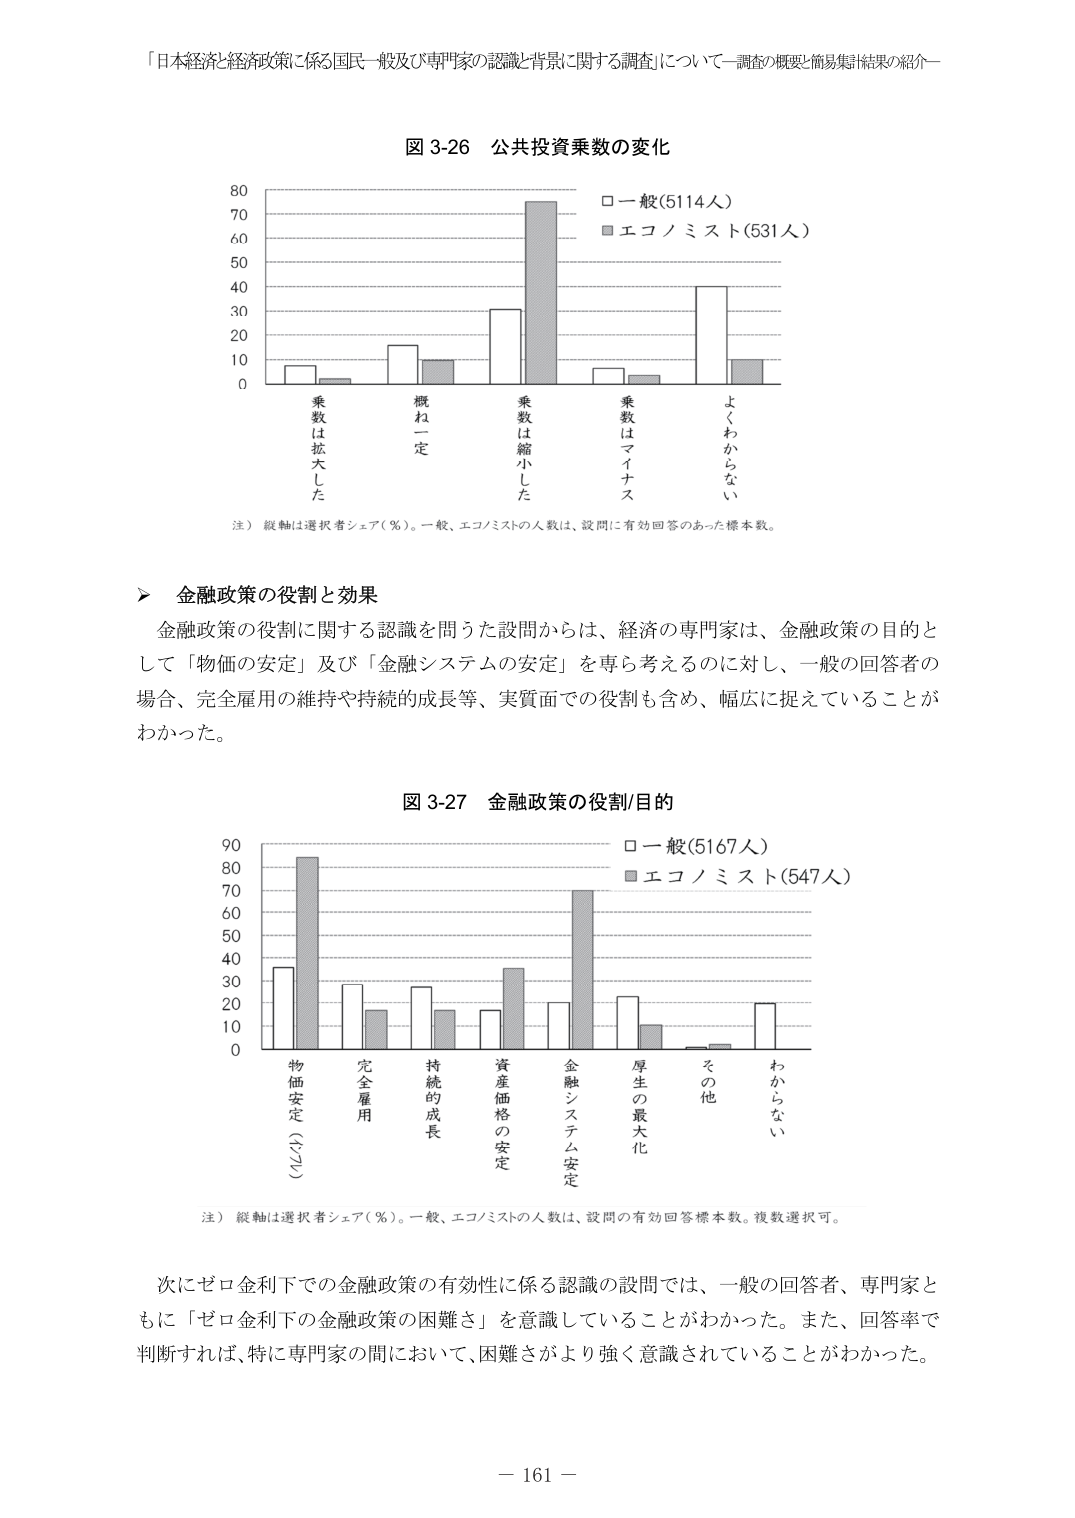
「日本経済と経済政策に係る国民一般及び専門家の認識と背景に関する調査」について－調査の概要と簡易集計結果の紹介－

図 3-26 公共投資乗数の変化

80
70
60
50
40
30
20
10
0

□ 一般（5114人）
■ エコノミスト（531人）

乗数は拡大した
概ね一定
乗数は縮小した
乗数はマイナス
よくわからない

注）縦軸は選択者シェア（％）。一般、エコノミストの人数は、設問に有効回答のあった標本数。

▶ 金融政策の役割と効果

金融政策の役割に関する認識を問うた設問からは、経済の専門家は、金融政策の目的として「物価の安定」及び「金融システムの安定」を専ら考えるのに対し、一般の回答者の場合、完全雇用の維持や持続的成長等、実質面での役割も含め、幅広に捉えていることがわかった。

図 3-27 金融政策の役割/目的

90
80
70
60
50
40
30
20
10
0

□ 一般（5167人）
■ エコノミスト（547人）

物価安定（インフレ）
完全雇用
持続的成長
資産価格の安定
金融システム安定
厚生の最大化
その他
わからない

注）縦軸は選択者シェア（％）。一般、エコノミストの人数は、設問の有効回答標本数。複数選択可。

次にゼロ金利下での金融政策の有効性に係る認識の設問では、一般の回答者、専門家ともに「ゼロ金利下の金融政策の困難さ」を意識していることがわかった。また、回答率で判断すれば、特に専門家の間において、困難さがより強く意識されていることがわかった。

－ 161 －